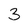
Character: 3